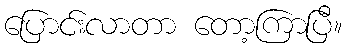
ပြောင်းလာတာ တော့ကြာပြီ။